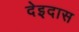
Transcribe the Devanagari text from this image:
देइदास